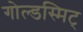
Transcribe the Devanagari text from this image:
गोल्डस्मिट्